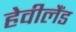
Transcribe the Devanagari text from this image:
हेवीलैंड